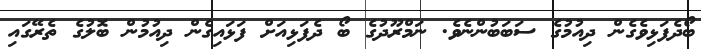
ބޯދެފަޅިވެގެން ދިއުމުގެ ސަބަބުންނެވެ. ނަމްރޫދުގެ ބޯ ދެފަޅިއަށް ފަޅައިގެން ދިއުމުން ބޮލުގެ ތެރޭގައި